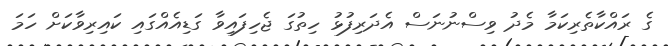
ގެ ރައްކާތެރިކަމާ މެދު ވިސްނުނަސް އެދަރިފުޅު ހިތުގަ ޖެހިފައިވާ ގަޑިއެއްގައި ކައިރިވާކަށް ހަމަ